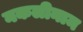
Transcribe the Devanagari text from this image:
नकलीनाम